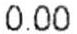
0.00